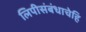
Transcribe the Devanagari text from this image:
लिपीसंबंधाचेहि